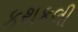
કથકલી